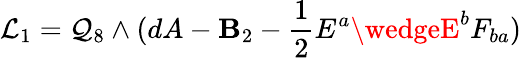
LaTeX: {\cal{L}}_{1}=\mathcal{Q}_{8}\wedge(dA-\mathbf{B}_{2}-{\frac{{1}}{{2}}}E^{a}\wedgeE^{b}F_{ba})